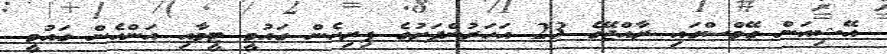
އޭޝިއަން ގޭމްސްގައި ރާއްޖޭގެ 23 އަހަރުންދަށުގެ ފިރިހެން ގައުމީ ޓީމާއި އަންހެން ގައުމީ